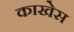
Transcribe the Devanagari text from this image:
काखेस